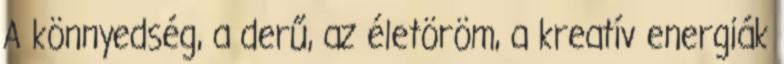
A könnyedség, a derű, az életöröm, a kreatív energiák